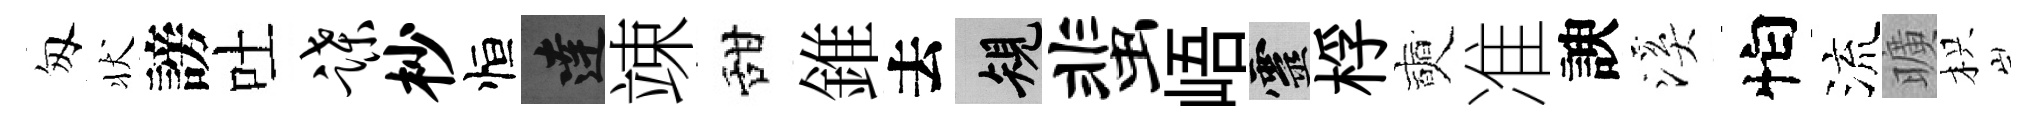
匆状謗吐蹀杪恒達竦甜錐去規蜚峿靈桴奭准諛溪怕流曠枳